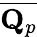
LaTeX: \overline{{\mathbf{Q}_{p}}}